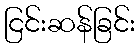
ငြင်းဆန်ခြင်း